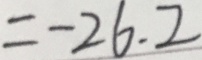
= - 2 6 . 2